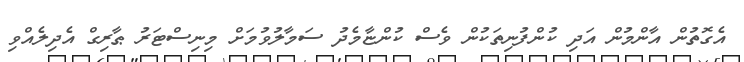
އެގޮތުން އާންމުން އަދި ކުންފުނިތަކުން ވެސް ކުންޏާމެދު ސަމާލުވުމަށް މިނިސްޓަރު ޠާރިގް އެދިލެއްވި